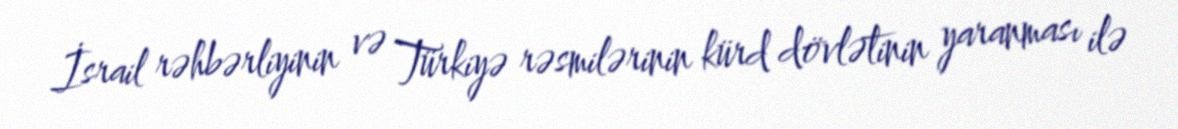
İsrail rəhbərliyinin və Türkiyə rəsmilərinin kürd dövlətinin yaranması ilə